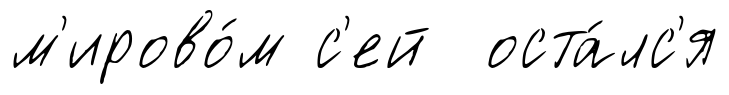
м'ирово́м с'ей оста́лс'я